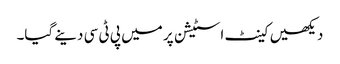
دیکھیں کینٹ اسٹیشن پر میں پی ٹی سی دینے گیا۔